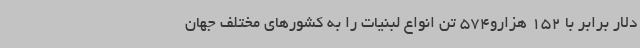
دلار برابر با 152 هزارو574 تن انواع لبنیات را به کشورهای مختلف جهان